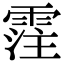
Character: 霔